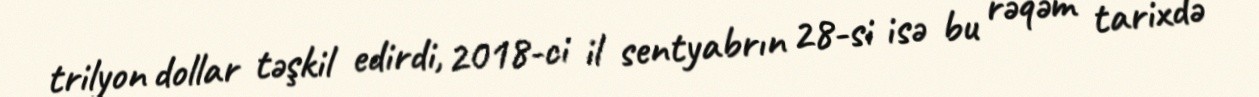
trilyon dollar təşkil edirdi, 2018-ci il sentyabrın 28-si isə bu rəqəm tarixdə